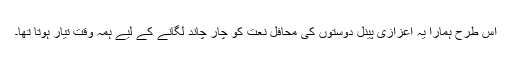
اس طرح ہمارا یہ اعزازی پینل دوستوں کی محافل نعت کو چار چاند لگانے کے لیے ہمہ وقت تیار ہوتا تھا۔